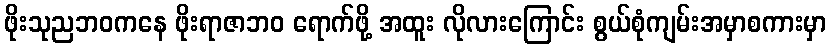
ဖိုးသုညဘဝကနေ ဖိုးရာဇာဘဝ ရောက်ဖို့ အထူး လိုလားကြောင်း စွယ်စုံကျမ်းအမှာစကားမှာ